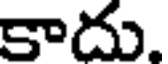
కాదు.